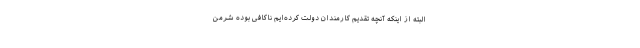
البته از اینکه آنچه تقدیم کارمندان دولت کرده‌ایم ناکافی بوده شرمن